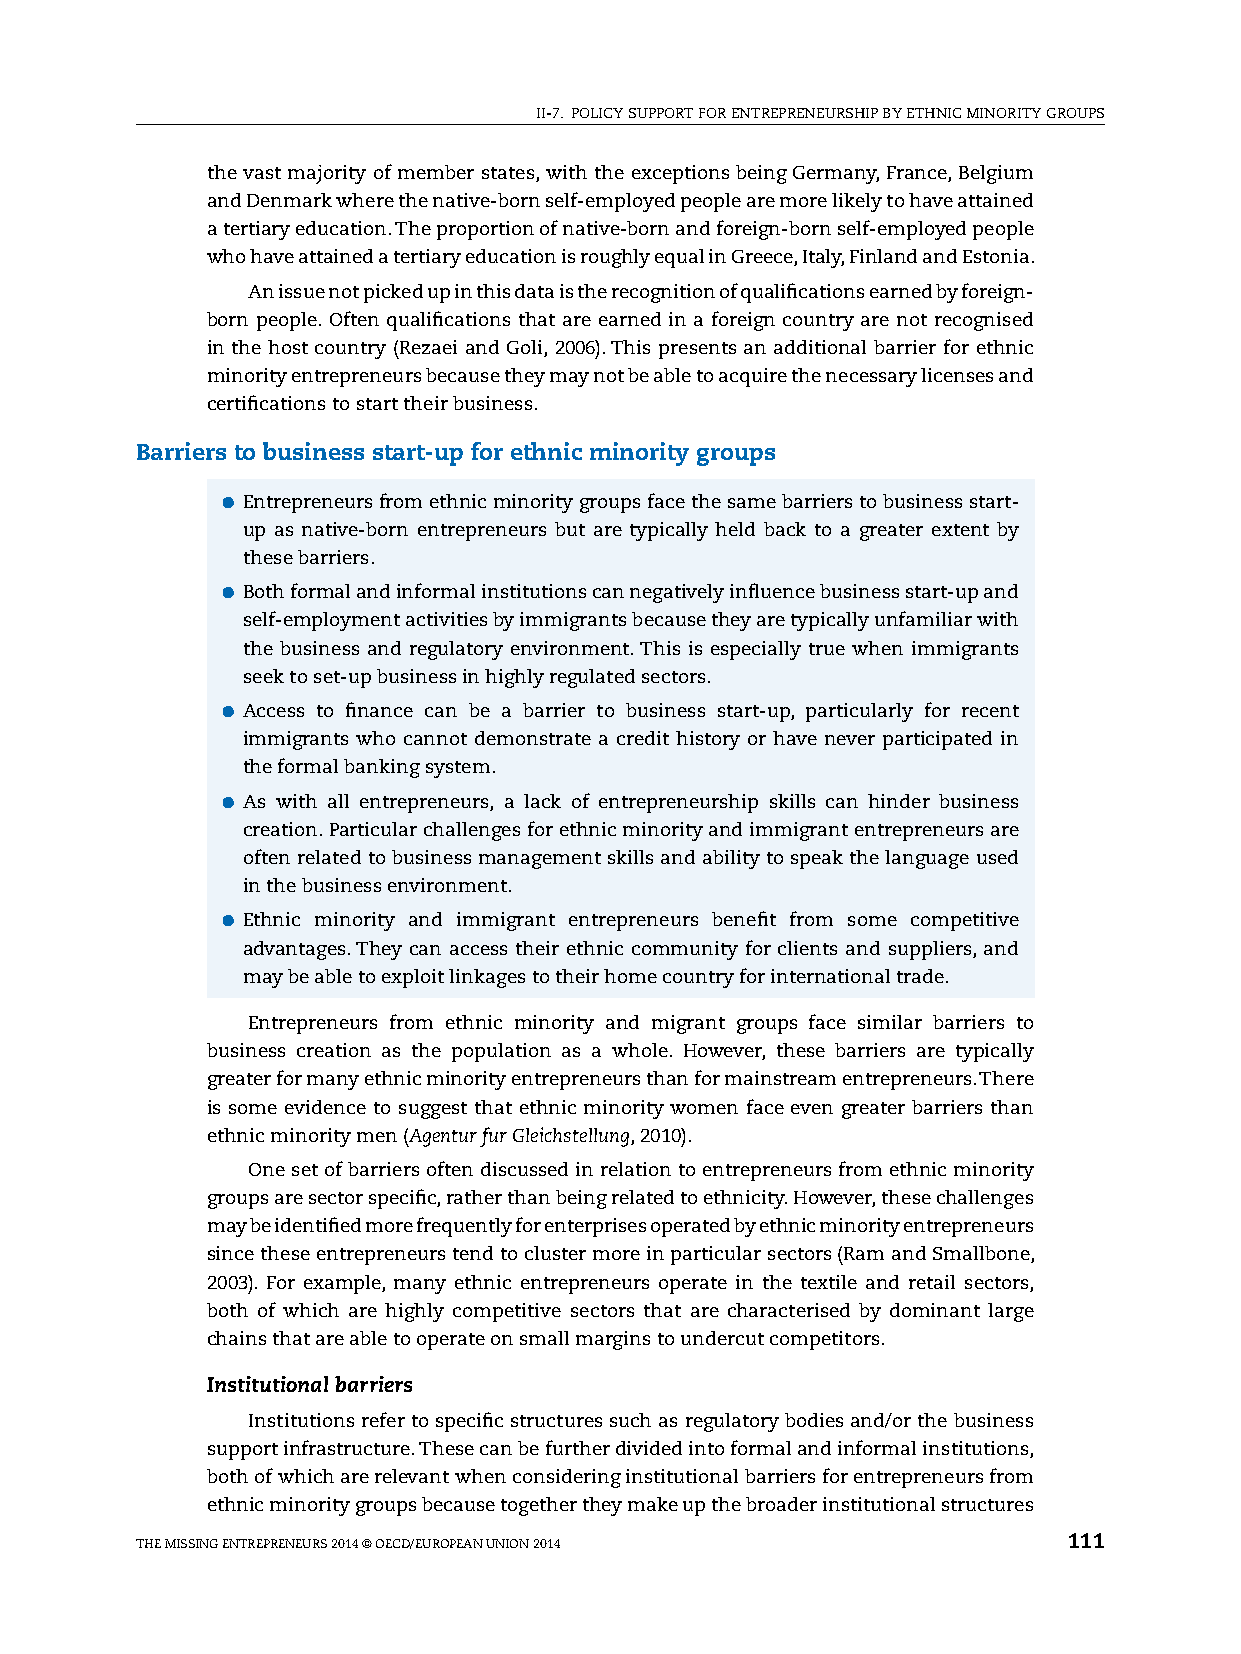
II-7. pOlICy sUppORT FOR ENTREpRENEURshIp By EThNIC MINORITy GROUps
 the vast majority of member states, with the exceptions being Germany, France, Belgium
 and Denmark where the native-born self-employed people are more likely to have attained
 a tertiary education. The proportion of native-born and foreign-born self-employed people
 who have attained a tertiary education is roughly equal in Greece, Italy, Finland and Estonia.
 An issue not picked up in this data is the recognition of qualifications earned by foreign-
 born people. Often qualifications that are earned in a foreign country are not recognised
 in the host country (Rezaei and Goli, 2006). This presents an additional barrier for ethnic
 minority entrepreneurs because they may not be able to acquire the necessary licenses and
 certifications to start their business.
 Barriers to business start-up for ethnic minority groups
 ●●Entrepreneurs from ethnic minority groups face the same barriers to business start-
 up as native-born entrepreneurs but are typically held back to a greater extent by
 these barriers.
 ●●Both formal and informal institutions can negatively influence business start-up and
 self-employment activities by immigrants because they are typically unfamiliar with
 the business and regulatory environment. This is especially true when immigrants
 seek to set-up business in highly regulated sectors.
 ●●Access to finance can be a barrier to business start-up, particularly for recent
 immigrants who cannot demonstrate a credit history or have never participated in
 the formal banking system.
 ●●As with all entrepreneurs, a lack of entrepreneurship skills can hinder business
 creation. particular challenges for ethnic minority and immigrant entrepreneurs are
 often related to business management skills and ability to speak the language used
 in the business environment.
 ●●Ethnic minority and immigrant entrepreneurs benefit from some competitive
 advantages. They can access their ethnic community for clients and suppliers, and
 may be able to exploit linkages to their home country for international trade.
 Entrepreneurs from ethnic minority and migrant groups face similar barriers to
 business creation as the population as a whole. however, these barriers are typically
 greater for many ethnic minority entrepreneurs than for mainstream entrepreneurs. There
 is some evidence to suggest that ethnic minority women face even greater barriers than
 ethnic minority men (Agentur fur Gleichstellung, 2010).
 One set of barriers often discussed in relation to entrepreneurs from ethnic minority
 groups are sector specific, rather than being related to ethnicity. however, these challenges
 may be identified more frequently for enterprises operated by ethnic minority entrepreneurs
 since these entrepreneurs tend to cluster more in particular sectors (Ram and smallbone,
 2003). For example, many ethnic entrepreneurs operate in the textile and retail sectors,
 both of which are highly competitive sectors that are characterised by dominant large
 chains that are able to operate on small margins to undercut competitors.
 Institutional barriers
 Institutions refer to specific structures such as regulatory bodies and/or the business
 support infrastructure. These can be further divided into formal and informal institutions,
 both of which are relevant when considering institutional barriers for entrepreneurs from
 ethnic minority groups because together they make up the broader institutional structures
 ThE MIssING ENTREpRENEURs 2014 © OECD/EUROpEAN UNION 2014     111